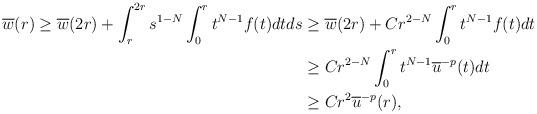
LaTeX: \begin{align*}{\overline w}(r) \geq {\overline w}(2r) + \int_r^{2r} s^{1-N}\int_0^r t^{N-1}f(t) dt ds & \geq {\overline w}(2r) + Cr^{2-N}\int_0^r t^{N-1}f(t) dt\\& \geq Cr^{2-N}\int_0^r t^{N-1}{\overline u}^{-p}(t) dt\\& \geq Cr^2{\overline u}^{-p}(r),\end{align*}